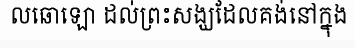
លឆោឡោ ដល់ព្រះសង្ឃដែលគង់នៅក្នុង